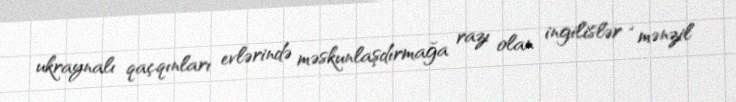
ukraynalı qaçqınları evlərində məskunlaşdırmağa razı olan ingilislər “mənzil